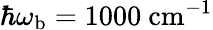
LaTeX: \hbar\omega_{\mathrm{b}}=1000\ \mathrm{cm}^{-1}